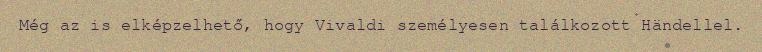
Még az is elképzelhető, hogy Vivaldi személyesen találkozott Händellel.